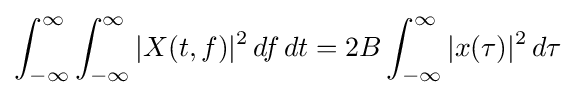
\int _{-\infty }^{\infty }\int _{-\infty }^{\infty }|X(t,f)|^{2}\,df\,dt=2B\int _{-\infty }^{\infty }|x(\tau )|^{2}\,d\tau